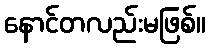
နောင်တလည်းမဖြစ်။